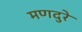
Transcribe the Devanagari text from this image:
मणदुरे